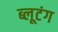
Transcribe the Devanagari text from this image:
ब्लूटंग